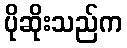
ပိုဆိုးသည်က